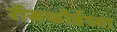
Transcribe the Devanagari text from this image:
रॉसफोर्डच्या